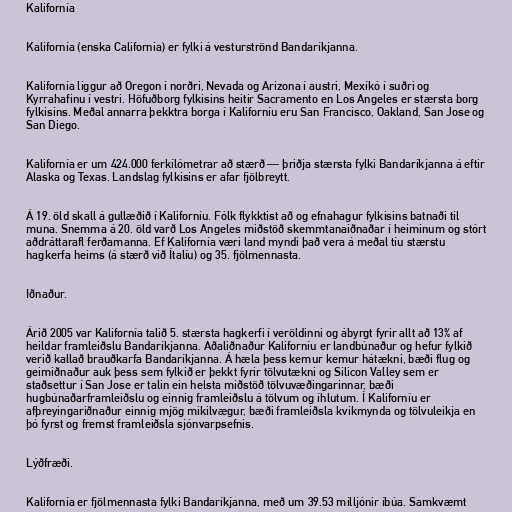
Kalifornía

Kalifornía (enska California) er fylki á vesturströnd Bandaríkjanna.

Kalifornía liggur að Oregon í norðri, Nevada og Arizona í austri, Mexíkó í suðri og
Kyrrahafinu í vestri. Höfuðborg fylkisins heitir Sacramento en Los Angeles er stærsta borg
fylkisins. Meðal annarra þekktra borga í Kaliforníu eru San Francisco, Oakland, San Jose og
San Diego.

Kalifornía er um 424.000 ferkílómetrar að stærð — þriðja stærsta fylki Bandaríkjanna á eftir
Alaska og Texas. Landslag fylkisins er afar fjölbreytt.

Á 19. öld skall á gullæðið í Kaliforníu. Fólk flykktist að og efnahagur fylkisins batnaði til
muna. Snemma á 20. öld varð Los Angeles miðstöð skemmtanaiðnaðar í heiminum og stórt
aðdráttarafl ferðamanna. Ef Kalifornía væri land myndi það vera á meðal tíu stærstu
hagkerfa heims (á stærð við Ítalíu) og 35. fjölmennasta.

Iðnaður.

Árið 2005 var Kalifornía talið 5. stærsta hagkerfi í veröldinni og ábyrgt fyrir allt að 13% af
heildar framleiðslu Bandaríkjanna. Aðaliðnaður Kaliforníu er landbúnaður og hefur fylkið
verið kallað brauðkarfa Bandaríkjanna. Á hæla þess kemur kemur hátækni, bæði flug og
geimiðnaður auk þess sem fylkið er þekkt fyrir tölvutækni og Silicon Valley sem er
staðsettur í San Jose er talin ein helsta miðstöð tölvuvæðingarinnar, bæði
hugbúnaðarframleiðslu og einnig framleiðslu á tölvum og íhlutum. Í Kaliforníu er
afþreyingariðnaður einnig mjög mikilvægur, bæði framleiðsla kvikmynda og tölvuleikja en
þó fyrst og fremst framleiðsla sjónvarpsefnis.

Lýðfræði.

Kalifornía er fjölmennasta fylki Bandaríkjanna, með um 39.53 milljónir íbúa. Samkvæmt